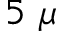
5 ~ \mu